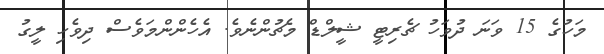
މަހުގެ 15 ވަނަ ދުވަހު ޗެރިޓީ ޝީލްޑް މެޗުންނެވެ. އެހެންންމަވެސް ދިވެހި ލީގު